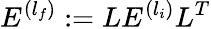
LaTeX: E^{(l_{f})}:=LE^{(l_{i})}L^{T}